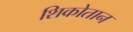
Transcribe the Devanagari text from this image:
शिकोतान